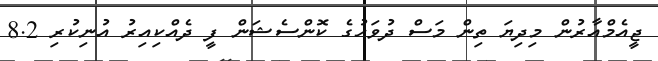
ޖީއެމްއާރުން މިދިޔަ ތިން މަސް ދުވަހުގެ ކޮންސެޝަން ފީ ދެއްކިއިރު އުނިކުރި 8.2